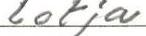
lotja